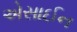
એસાઈન